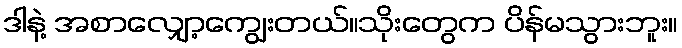
ဒါနဲ့ အစာလျှော့ကျွေးတယ်။သိုးတွေက ပိန်မသွားဘူး။